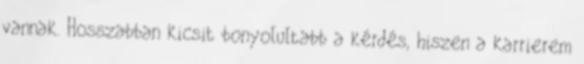
vannak. Hosszabban kicsit bonyolultabb a kérdés, hiszen a karrierem